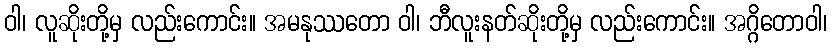
ဝါ၊ လူဆိုးတို့မှ လည်းကောင်း။ အမနုဿတော ဝါ၊ ဘီလူးနတ်ဆိုးတို့မှ လည်းကောင်း။ အဂ္ဂိတောဝါ၊